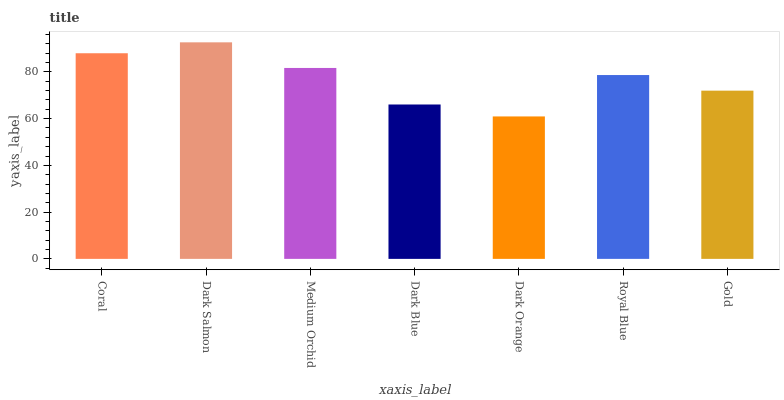
| xaxis_label | bars |
 | --- | --- |
 | Coral | 88 |
 | Dark Salmon | 92.7 |
 | Medium Orchid | 81.7 |
 | Dark Blue | 66.1 |
 | Dark Orange | 60.9 |
 | Royal Blue | 78.7 |
 | Gold | 72 |